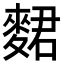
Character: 𪌺